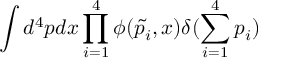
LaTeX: \int d ^ { 4 } p d x \prod _ { i = 1 } ^ { 4 } \phi ( \tilde { p _ { i } } , x ) \delta ( \sum _ { i = 1 } ^ { 4 } p _ { i } )